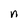
Character: n